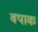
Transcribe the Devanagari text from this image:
वपाक